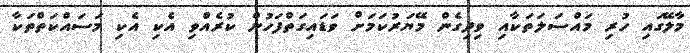
މާލޭގައި ހުރި މައްސަލަތަކާއި ވިދިގެން މޭޔަރުކަމަށް ވަޑައިގަތްފަހުން ކުރެއްވި އެކި އެކި މަސައްކަތްތަކާ